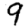
Digit: 9